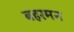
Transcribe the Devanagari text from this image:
बहरमन